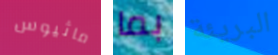
ماثيوس بما البريئة